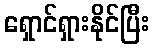
ရှောင်ရှားနိုင်ပြီး